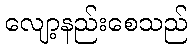
လျော့နည်းစေသည်